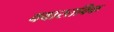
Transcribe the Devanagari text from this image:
ववास्तविक